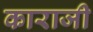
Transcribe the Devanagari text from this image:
काराजी